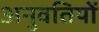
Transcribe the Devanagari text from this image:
अनुवतियों